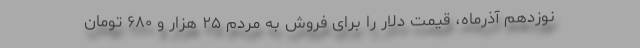
نوزدهم آذرماه، قیمت دلار را برای فروش به مردم ۲۵ هزار و ۶۸۰ تومان